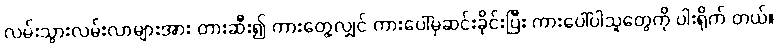
လမ်းသွားလမ်းလာများအား တားဆီး၍ ကားတွေ့လျှင် ကားပေါ်မှဆင်းခိုင်းပြီး ကားပေါ်ပါသူတွေကို ပါးရိုက် တယ်။